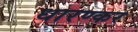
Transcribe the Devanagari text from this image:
धारण्कर